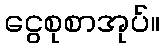
ငွေစုစာအုပ်။